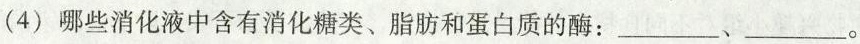
(4)哪些消化液中含有消化糖类、脂肪和蛋白质的酶：___、___。